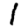
Digit: 1